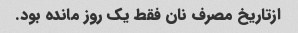
ازتاریخ مصرف نان فقط یک روز مانده بود.